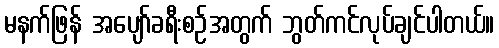
မနက်ဖြန် အပျော်ခရီးစဉ်အတွက် ဘွတ်ကင်လုပ်ချင်ပါတယ်။